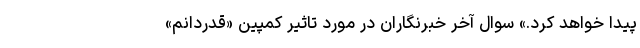
پیدا خواهد کرد.» سوال آخر خبرنگاران در مورد تاثیر کمپین «قدردانم»